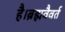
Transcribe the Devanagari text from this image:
है।ब्रह्मवैवर्त